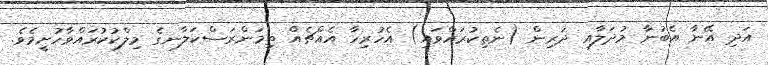
އަދި އޭނާ އެބުނާ މުދަލާއި ދަރިން (ނެތިކުރައްވައި) އެހުރިހާ އެއްޗެއް ތިމަންރަސްކަލާނގެ މިލްކުކުރައްވާހުށީމެވެ.